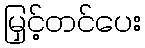
မြှင့်တင်ပေး